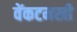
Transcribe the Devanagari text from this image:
वेंकटमखी